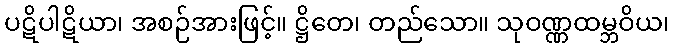
ပဋိပါဋိယာ၊ အစဉ်အားဖြင့်။ ဋ္ဌိတေ၊ တည်သော။ သုဝဏ္ဏထမ္ဘဝိယ၊